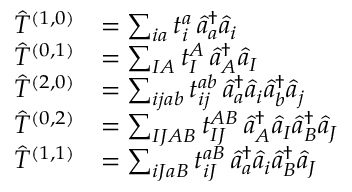
\begin{array} { r l } { \hat { T } ^ { ( 1 , 0 ) } } & { = \sum _ { i a } t _ { i } ^ { a } \, \hat { a } _ { a } ^ { \dagger } \hat { a } _ { i } } \\ { \hat { T } ^ { ( 0 , 1 ) } } & { = \sum _ { I A } t _ { I } ^ { A } \, \hat { a } _ { A } ^ { \dagger } \hat { a } _ { I } } \\ { \hat { T } ^ { ( 2 , 0 ) } } & { = \sum _ { i j a b } t _ { i j } ^ { a b } \, \hat { a } _ { a } ^ { \dagger } \hat { a } _ { i } \hat { a } _ { b } ^ { \dagger } \hat { a } _ { j } } \\ { \hat { T } ^ { ( 0 , 2 ) } } & { = \sum _ { I J A B } t _ { I J } ^ { A B } \, \hat { a } _ { A } ^ { \dagger } \hat { a } _ { I } \hat { a } _ { B } ^ { \dagger } \hat { a } _ { J } } \\ { \hat { T } ^ { ( 1 , 1 ) } } & { = \sum _ { i J a B } t _ { i J } ^ { a B } \, \hat { a } _ { a } ^ { \dagger } \hat { a } _ { i } \hat { a } _ { B } ^ { \dagger } \hat { a } _ { J } } \end{array}